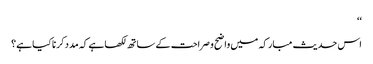
‘‘
اس حدیث مبارکہ میں واضح و صراحت کے ساتھ لکھا ہے کہ مدد کرنا کیا ہے؟